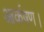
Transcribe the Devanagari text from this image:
आर्कषण।